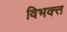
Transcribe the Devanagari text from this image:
विभक्त्त